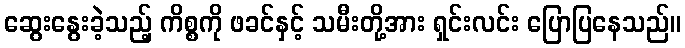
ဆွေးနွေးခဲ့သည့် ကိစ္စကို ဖခင်နှင့် သမီးတို့အား ရှင်းလင်း ပြောပြနေသည်။